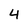
Character: 4